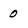
Character: 0